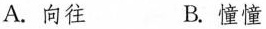
A.向往 B.憧憧